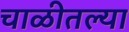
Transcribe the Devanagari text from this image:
चाळीतल्या